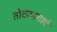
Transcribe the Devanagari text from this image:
तोटकाचार्य